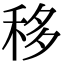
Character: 移